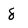
Character: 8